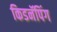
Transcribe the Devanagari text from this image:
किडनॅपिंग